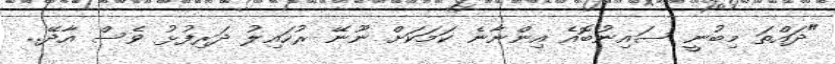
"ދައްތަ މިބުނީ ސައިނުބޮއެ އިންނާނެ ކަމަކަށް ނޫނޭ ރުހައިލު ދަރިފުޅު ވެސް އާދޭ..